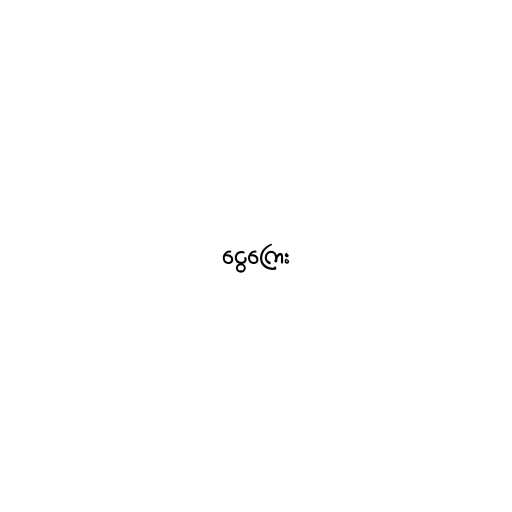
ငွေကြေး